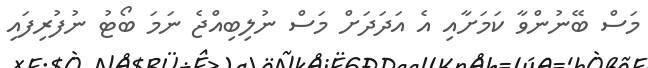
މަސް ބޭނުންވާ ކަމަށާއި އެ އަދަދަށް މަސް ނުލިބިއްޖެ ނަމަ ބޯޓު ނުފުރިފައި